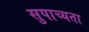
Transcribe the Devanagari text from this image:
सुपाच्यता